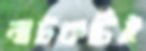
নাটকটিই